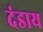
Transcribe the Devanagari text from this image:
दंडाय